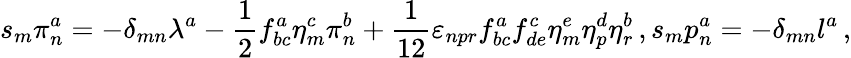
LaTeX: s_{m}\pi_{n}^{a}=-\delta_{mn}\lambda^{a}-\frac{1}{2}f_{bc}^{a}\eta_{m}^{c}\pi_{n}^{b}+\frac{1}{12}\varepsilon_{npr}f_{bc}^{a}f_{de}^{c}\eta_{m}^{e}\eta_{p}^{d}\eta_{r}^{b}\, ,s_{m}p_{n}^{a}=-\delta_{mn}l^{a}\, ,